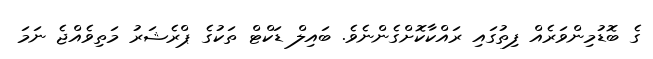
ގެ ބޮޑުމިންވަރެއް ފިތުގައި ރައްކާކޮށްގެންނެވެ. ބައިލް ޑަކްޓް ތަކުގެ ޕްރެޝަރު މަތިވެއްޖެ ނަމަ